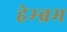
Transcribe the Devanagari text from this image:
हेम्‍ब्रम